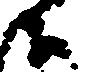
候